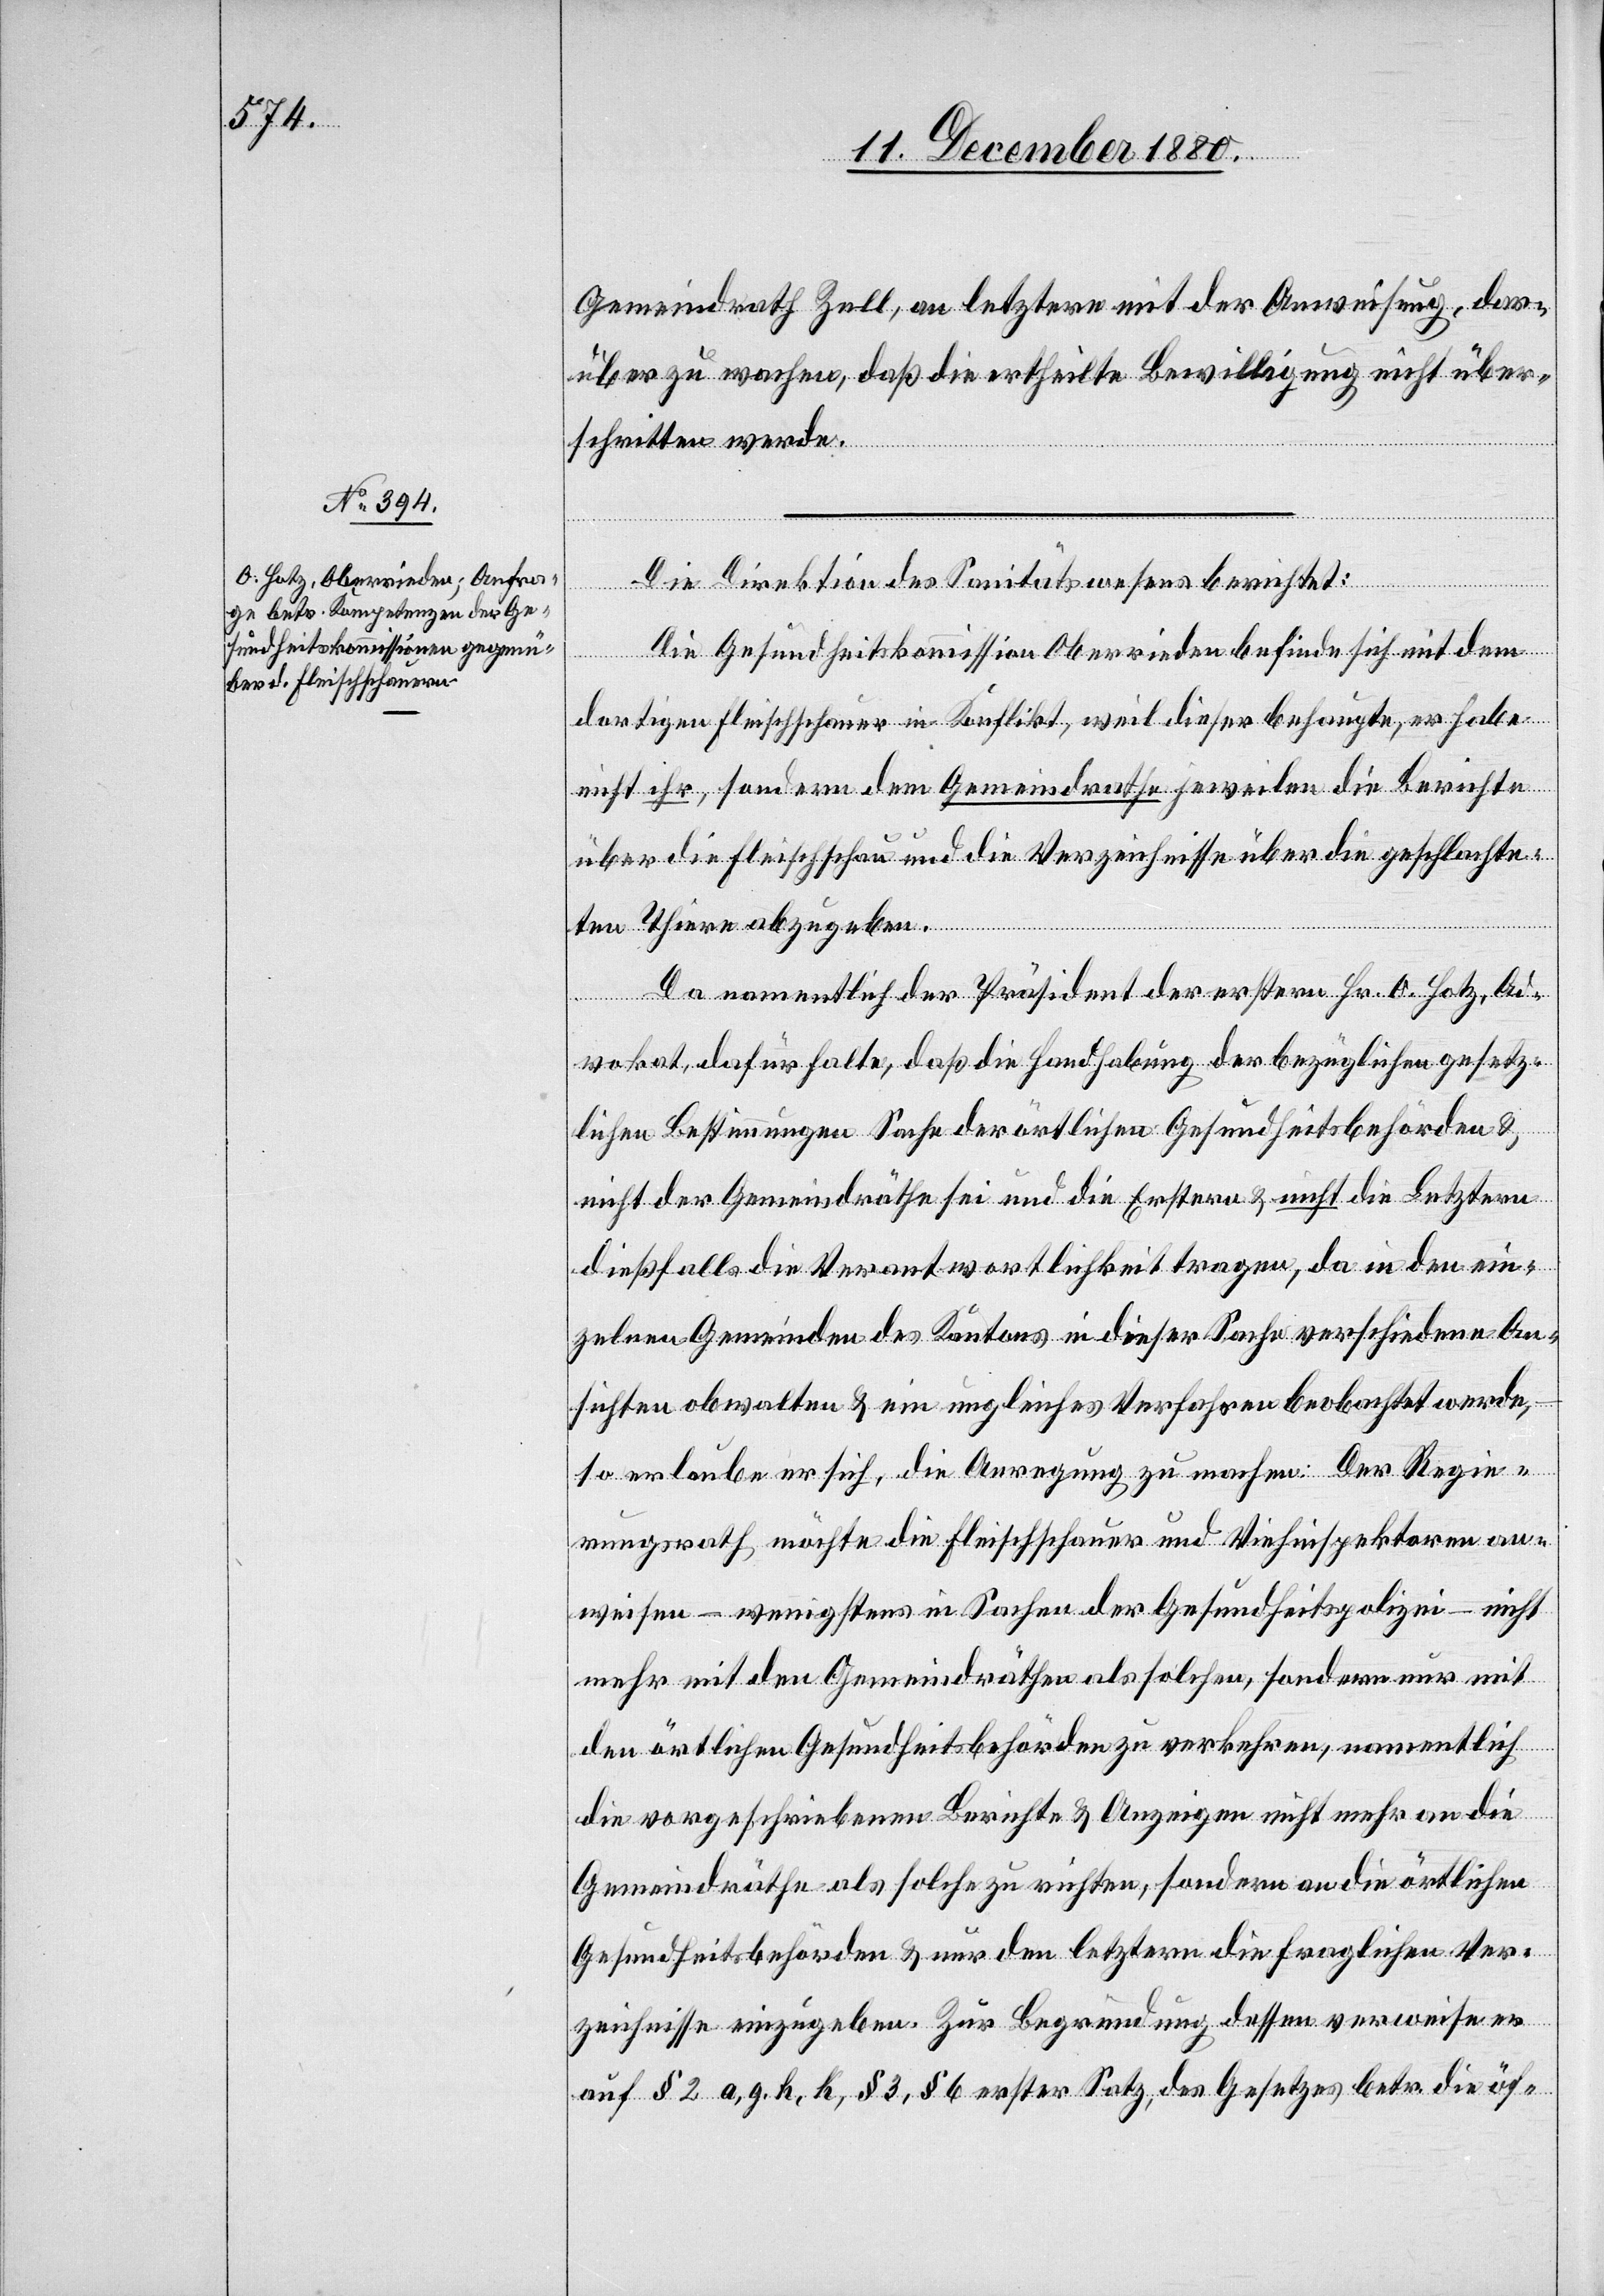
Gemeindrath Zell, an letztern mit der Ausweisung, dar¬
über zu wachen, daß die ertheilte Bewilligung nicht über¬
schritten werde.
Die Direktion des Sanitätswesens berichtet:
Die Gesundheitskommission Oberrieden befinde sich mit dem
dortigen Fleischschauer in Konflikt, weil dieser behaupte, er habe
nicht ihr, sondern dem Gemeindrathe jeweilen die Berichte
über die Fleischschau und die Verzeichnisse über die geschlachte¬
ten Thiere abgegeben.
Da namentlich der Präsident der erstern Hr. O. Hotz, Ad¬
vokat, dafür halte, daß die Handhabung der bezüglichen gesetz¬
lichen Bestimmungen Sache der örtlichen Gesundheitsbehörden &
nicht der Gemeindräthe sei und die Erstern & nicht die Letztern
dießfalls die Verantwortlichkeit tragen, da in den ein¬
zelnen Gemeinden des Kantons in dieser Sache verschiedene An¬
sichten obwalten & ein ungleiches Verfahren beobachtet werde,
so erlaube er sich, die Anregung zu machen: Der Regie¬
rungsrath möchte die Fleischschauer und Viehinspektoren an¬
weisen – wenigsten in Sachen der Gesundheitspolizei – nicht
mehr mit den Gemeindräthen als solchen, sondern nur mit
den örtlichen Gesundheitsbehörden zu verkehren, namentlich
die vorgeschriebenen Berichte & Anzeigen nicht mehr an die
Gemeindräthe als solche zu richten, sondern an die örtlichen
Gesundheitsbehörden & nur den letztern die fraglichen Ver¬
zeichnisse einzugeben. Zur Begründung dessen verweise er
auf § 2 a, g. h, k, § 3, § 6 erster Satz des Gesetzes betr. die öf-